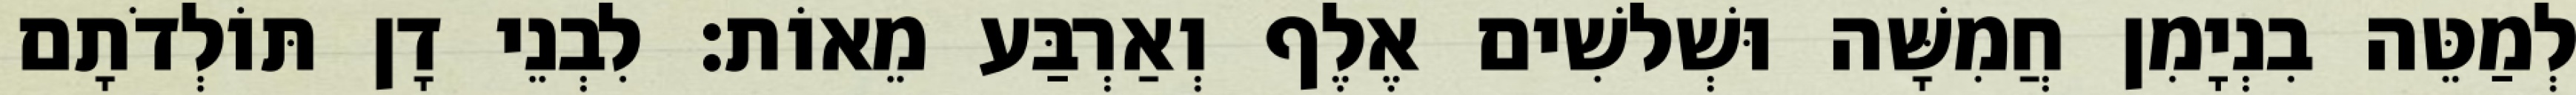
לְמַטֵּה בִנְיָמִן חֲמִשָּׁה וּשְׁלשִׁים אֶלֶף וְאַרְבַּע מֵאוֹת׃ לִבְנֵי דָן תּוֹלְדֹתָם